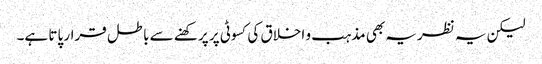
لیکن یہ نظریہ بھی مذہب و اخلاق کی کسوٹی پر پرکھنے سے باطل قرار پاتا ہے۔